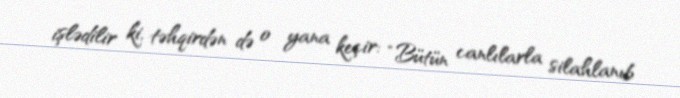
işlədilir ki, təhqirdən də o yana keçir: “Bütün canlılarla silahlanıb